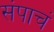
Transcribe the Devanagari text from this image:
संपाचं